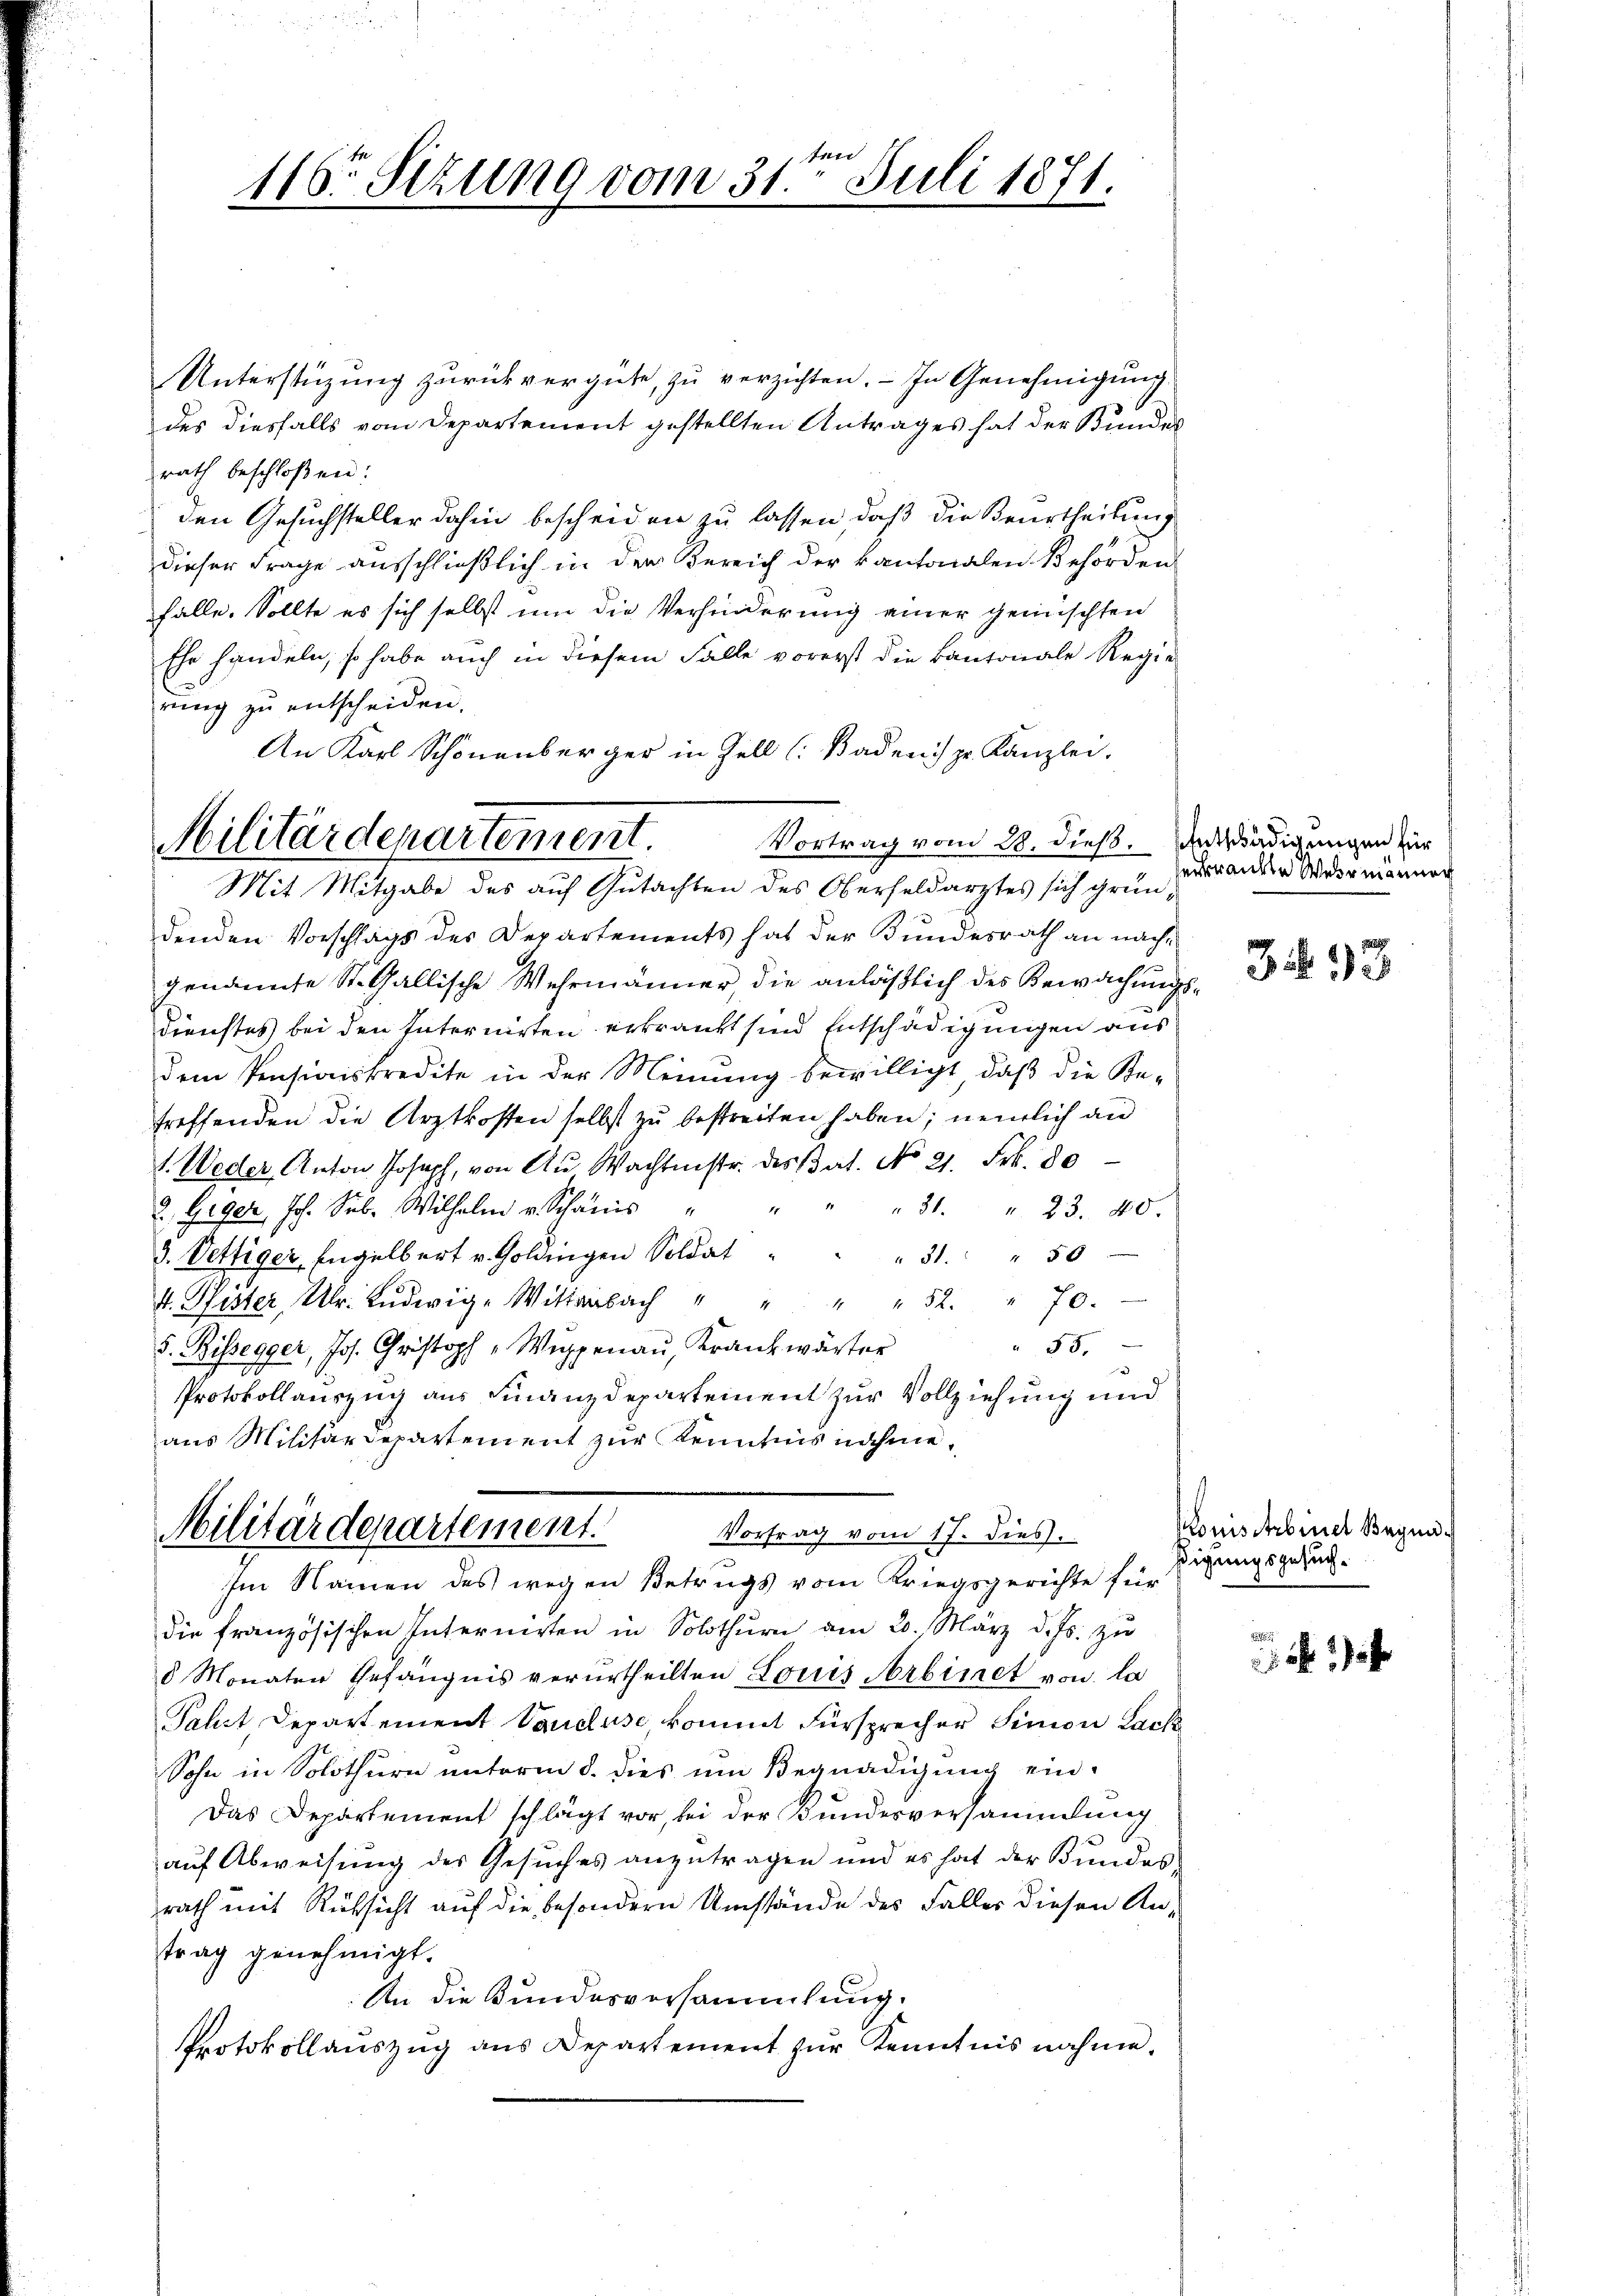
tre
116ten Sizung vom 31. Juli 1871.

Unterstüzung zurückvergüte, zu verzichten. - In Genehmigung
des diesfalls vom Departement gestellten Antrages hat der Bundes
rath beschloßen:
den Gesuchsteller dahin bescheiden zu lassen, daß die Beurtheilung
dieser Frage ausschließlich in der Bereich der kantonalen Behörden
fälle. Sollte es sich selbst um die Verhinderung einer gemischten
Ehr handeln, so habe auch in diesem Falle vorerst die Kantonale Regie
rung zu entscheiden.
An Karl Schönenberger in Zell (Badens pr. Kanzlei.

Militärdepartement.
Vortrag vom 28. dieß.
Mit Mitgabe des auf Gutachten des Oberfeldarztes sich grün¬

denden Vorschlags des Departements hat der Bundesrath an nachgenannte St. Gallische Wehrmänner, die anläßlich des Bewachungsdienstes bei den Internirten erkrankt sind Entschädigungen aus
dem Pensionskredite in der Meinung bewilligt, daβ die Be-
treffenden die Arztkosten selbst zu bestreiten haben; nemlich an
1. Weder Anton Joseph, von Au Wachtmstr. des Bat. No 21. Frk. 80
2. Geger, Joh. Seb. Wilhelm v. Schanis
" 31. " 23. 40
3. Vettiger Engelbert v. Goldingen Soldat
" 51. " " 50
 . " " " " 52. " 70.
55.
5. Bissegger, Jos. Christoph "Wŭppenaŭ, Krankwärter
Protokollauszug aus Finanzdepartement zur Vollziehung und
aus Militärdepartement zur Kenntnisnahme,

Militärdepartement.
Vortrag vom 17. dies
Im Namen des wegen Betrugs vom Kriegsgerichte für

die französischen Internirten in Solothurn am 20. März d. Js. zu
8 Monaten Gefängnis verurtheilten Louis Arbinet von la
Pahrt Departement Vaucluse kommt Fürsprecher Simon Lack
Sohn in Solothurn unterm 8. dies um Begnadigung ein¬
Das Departement schlägt vor, bei der Kundesversammlung
auf Abweisung des Gesuches anzutragen und es hat der Bundes,
rath mit Rüksicht auf die besondern Umstände des Falles diesen Antrag genehmigt.
An die Bundesversammlung.
Protokoll aŭszŭg ans Departement zŭr Kenntnis nahme.

Entschädigungen für
erkrankte Wermanner

3 33

Konisierbenet Begnadigungsgesuch¬